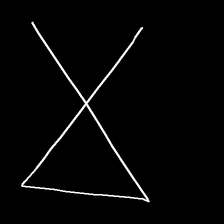
Glyph: collection